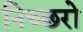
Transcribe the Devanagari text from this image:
निच्छरो